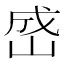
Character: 𪨯